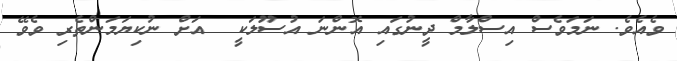
ވެއެވެ. ނަމަވެސް އިސްލާމް ދީނުގައި އޮންނަ އުސޫލަކީ  އަށް ނުކިޔަމަންތެރި ވެވޭ